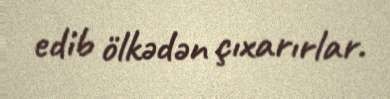
edib ölkədən çıxarırlar.